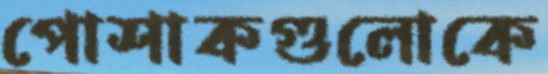
পোশাকগুলোকে